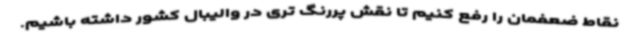
نقاط ضعفمان را رفع کنیم تا نقش پررنگ تری در والیبال کشور داشته باشیم.